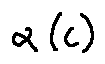
\alpha ( c )